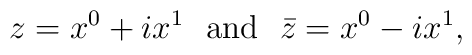
z=x^{0}+ix^{1}\ \ \mathrm{and}\ \ \bar{z}=x^{0}-ix^{1},